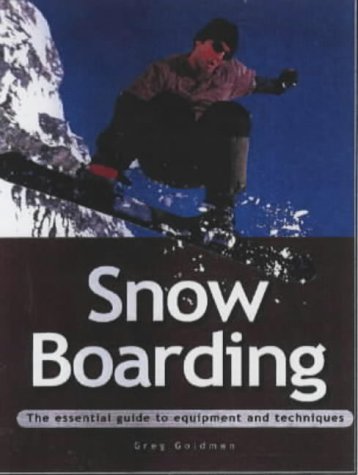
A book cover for Snowboarding: The Essential Guide to Equipment and Techniques (Adventure Sports); Greg Goldman; Sports & Outdoors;